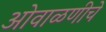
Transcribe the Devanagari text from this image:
ओवाळणीचे